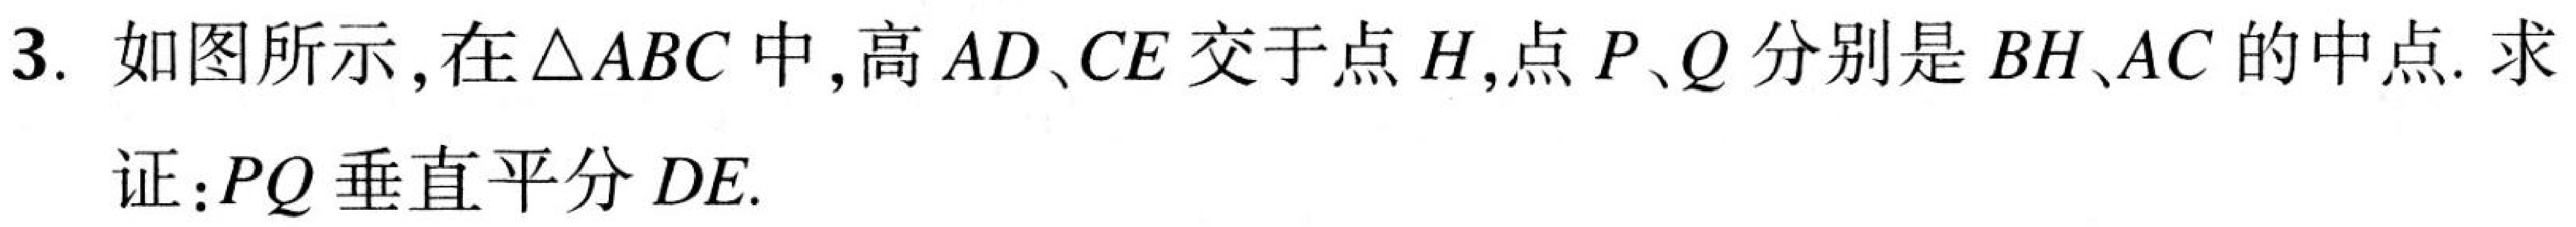
3. 如图所示，在\(\triangle ABC\)中，高\(AD、CE\)交于点\(H\)，点\(P、Q\)分别是\(BH、AC\)的中点. 求
证：\(PQ\)垂直平分\(DE\).